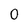
Character: 0